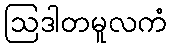
ဩဒါတမူလကံ